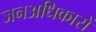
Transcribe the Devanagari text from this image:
जनअधिकारों